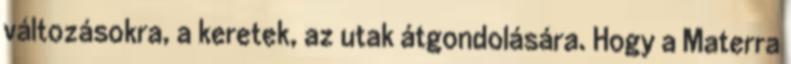
változásokra, a keretek, az utak átgondolására. Hogy a Materra